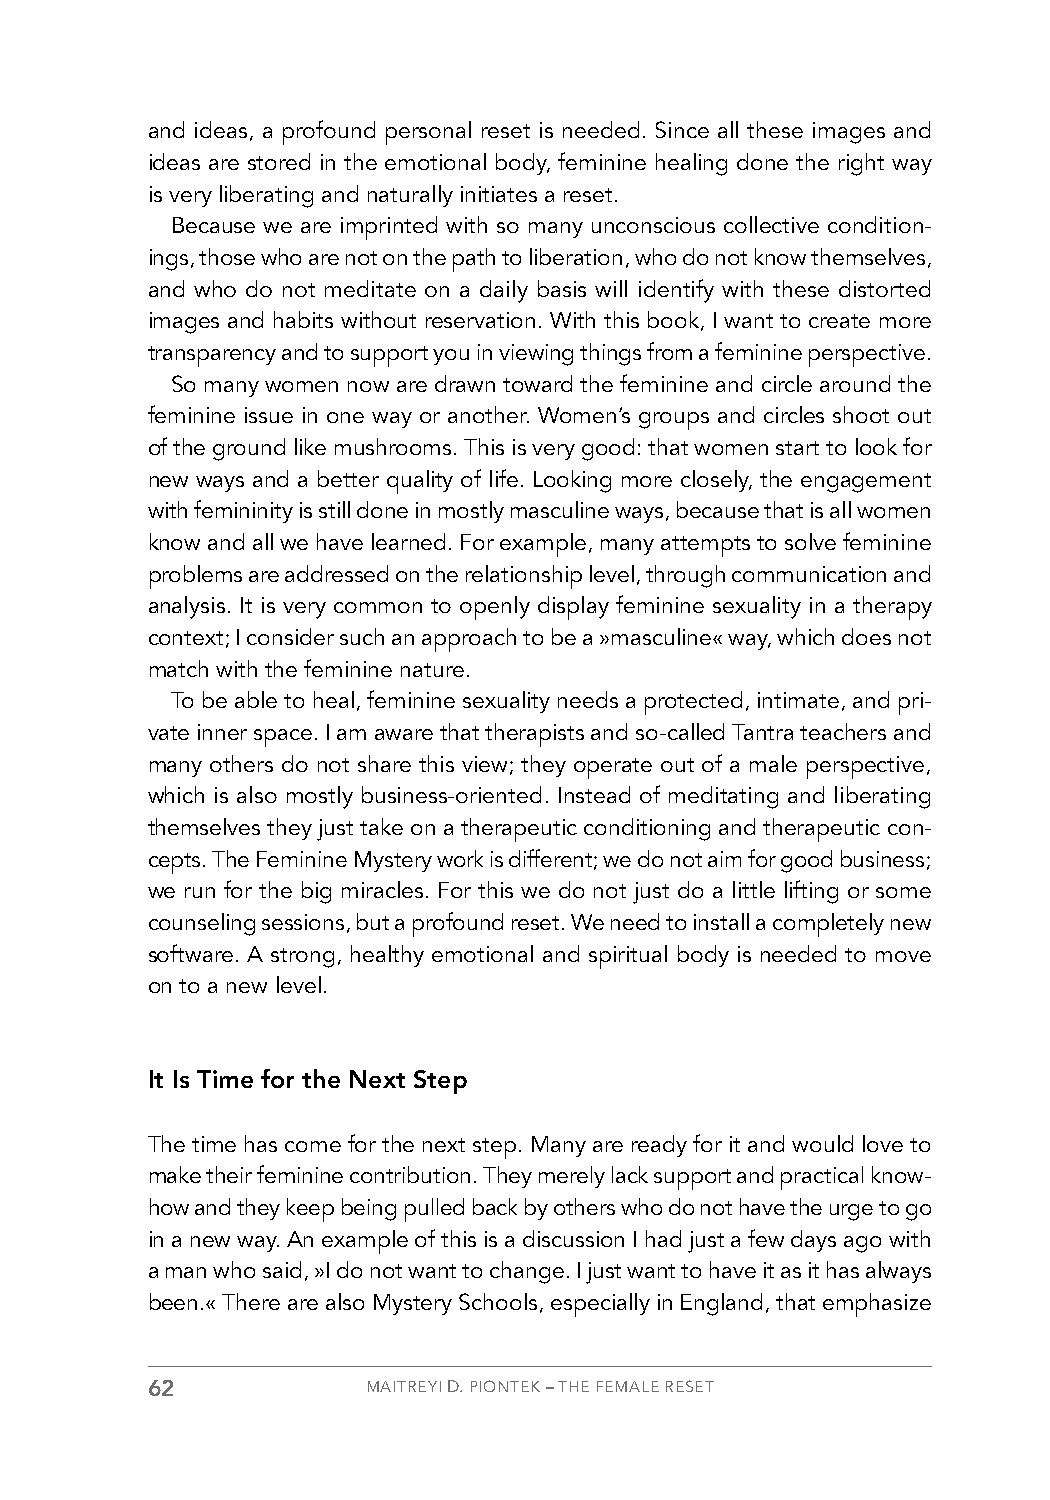
and ideas, a profound personal reset is needed. Since all these images and
 ideas are stored in the emotional body, feminine healing done the right way
 is very liberating and naturally initiates a reset.
 Because we are imprinted with so many unconscious collective condition-
 ings, those who are not on the path to liberation, who do not know themselves,
 and who do not meditate on a daily basis will identify with these distorted
 images and habits without reservation. With this book, I want to create more
 transparency and to support you in viewing things from a feminine perspective.
 So many women now are drawn toward the feminine and circle around the
 feminine issue in one way or another. Women’s groups and circles shoot out
 of the ground like mushrooms. This is very good: that women start to look for
 new ways and a better quality of life. Looking more closely, the engagement
 with femininity is still done in mostly masculine ways, because that is all women
 know and all we have learned. For example, many attempts to solve feminine
 problems are addressed on the relationship level, through communication and
 analysis. It is very common to openly display feminine sexuality in a therapy
 context; I consider such an approach to be a »masculine« way, which does not
 match with the feminine nature.
 To be able to heal, feminine sexuality needs a protected, intimate, and pri-
 vate inner space. I am aware that therapists and so-called Tantra teachers and
 many others do not share this view; they operate out of a male perspective,
 which is also mostly business-oriented. Instead of meditating and liberating
 themselves they just take on a therapeutic conditioning and therapeutic con-
 cepts. The Feminine Mystery work is different; we do not aim for good business;
 we run for the big miracles. For this we do not just do a little lifting or some
 counseling sessions, but a profound reset. We need to install a completely new
 software. A strong, healthy emotional and spiritual body is needed to move
 on to a new level.
 It Is Time for the Next Step
 The time has come for the next step. Many are ready for it and would love to
 make their feminine contribution. They merely lack support and practical know-
 how and they keep being pulled back by others who do not have the urge to go
 in a new way. An example of this is a discussion I had just a few days ago with
 a man who said, »I do not want to change. I just want to have it as it has always
 been.« There are also Mystery Schools, especially in England, that emphasize
 62            MAITREYI D. PIONTEK – THE FEMALE RESET